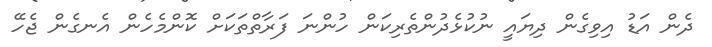
ދެން އަޑު އިވިގެން ދިޔައީ ނުކުޅެދުންތެރިކަން ހުންނަ ފަރާތްތަކަށް ކޮންމެހެން އެެނގެން ޖެހޭ